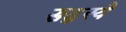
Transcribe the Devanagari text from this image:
सद्स्ये